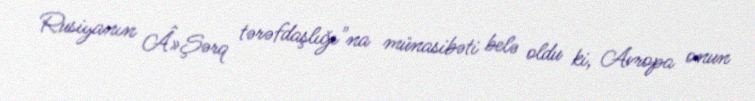
Rusiyanın Â»Şərq tərəfdaşlığı"na münasibəti belə oldu ki, Avropa onun